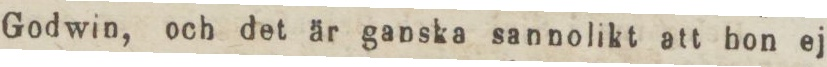
Godwin, och det är ganska sannolikt att hon ej